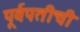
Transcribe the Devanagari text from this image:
पूर्वपतीची